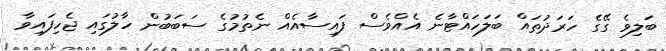
ބަލިވެ ގޭގެ ހަރަދުތައް ބަލަހައްޓާނެ އެއްވެސް ފައިސާއެއް ނެތުމުގެ ސަބަބުން ހާލުގައި ޖެހިފައިވާ